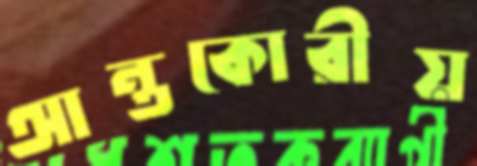
আন্তকোরীয়